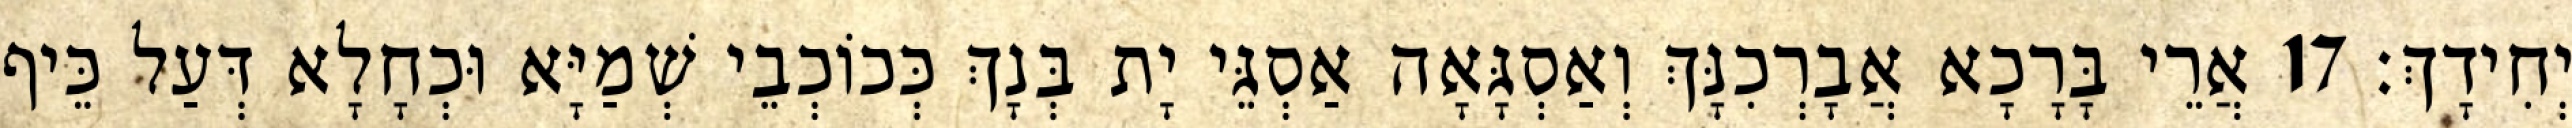
יְחִידָךְ׃ 17 אֲרֵי בָּרָכָא אֲבָרְכִנָּךְ וְאַסְגָּאָה אַסְגֵּי יָת בְּנָךְ כְּכוֹכְבֵי שְׁמַיָּא וּכְחָלָא דְּעַל כֵּיף